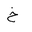
Letter: _kha